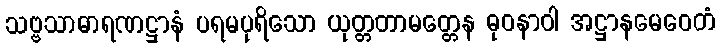
သဗ္ဗသာဓာရဏဋ္ဌာနံ ပရမပုရိသော ယုတ္တတာမတ္တေန ဓုဝနာဝါ အဋ္ဌာနမေဝေတံ